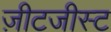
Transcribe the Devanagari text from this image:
ज़ीटजीस्ट